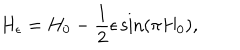
LaTeX: H _ { \epsilon } = H _ { 0 } - \frac { 1 } { 2 } \epsilon \sin ( \pi H _ { 0 } ) ,